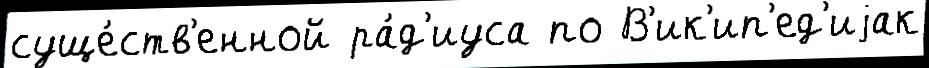
суще́ств'енной ра́д'иуса по В'ик'ип'ед'иjак